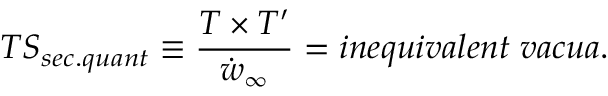
T S _ { s e c . q u a n t } \equiv \frac { T \times T ^ { \prime } } { \dot { w } _ { \infty } } = i n e q u i v a l e n t \; v a c u a .